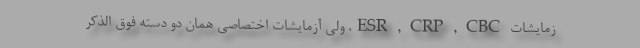
زمایشات ESR , CRP , CBC، ولی آزمایشات اختصاصی همان دو دسته فوق الذکر